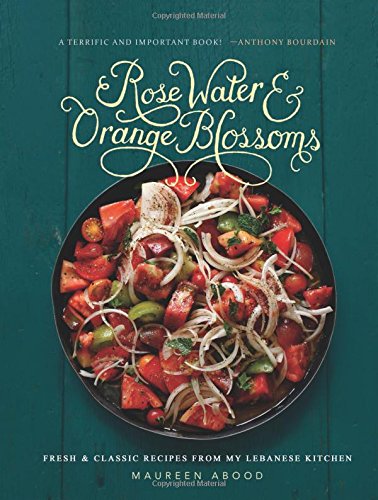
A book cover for Rose Water and Orange Blossoms: Fresh & Classic Recipes from my Lebanese Kitchen; Maureen Abood; Cookbooks, Food & Wine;